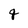
Character: q